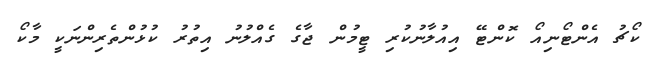
ކޯޗު އެންޓޯނިއޯ ކޮންޓޭ އިއުލާނުކުރި ޓީމުން ޖާގެ ގެއްލުނު އިތުރު ކުޅުންތެރިންނަކީ މާކޯ